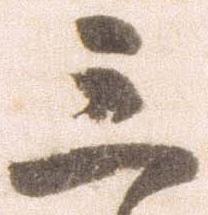
三